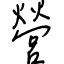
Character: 營